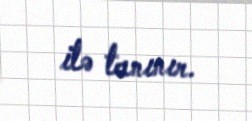
ilə tanınır.